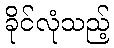
ခိုင်လုံသည့်